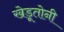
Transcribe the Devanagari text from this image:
खेडूतोनी